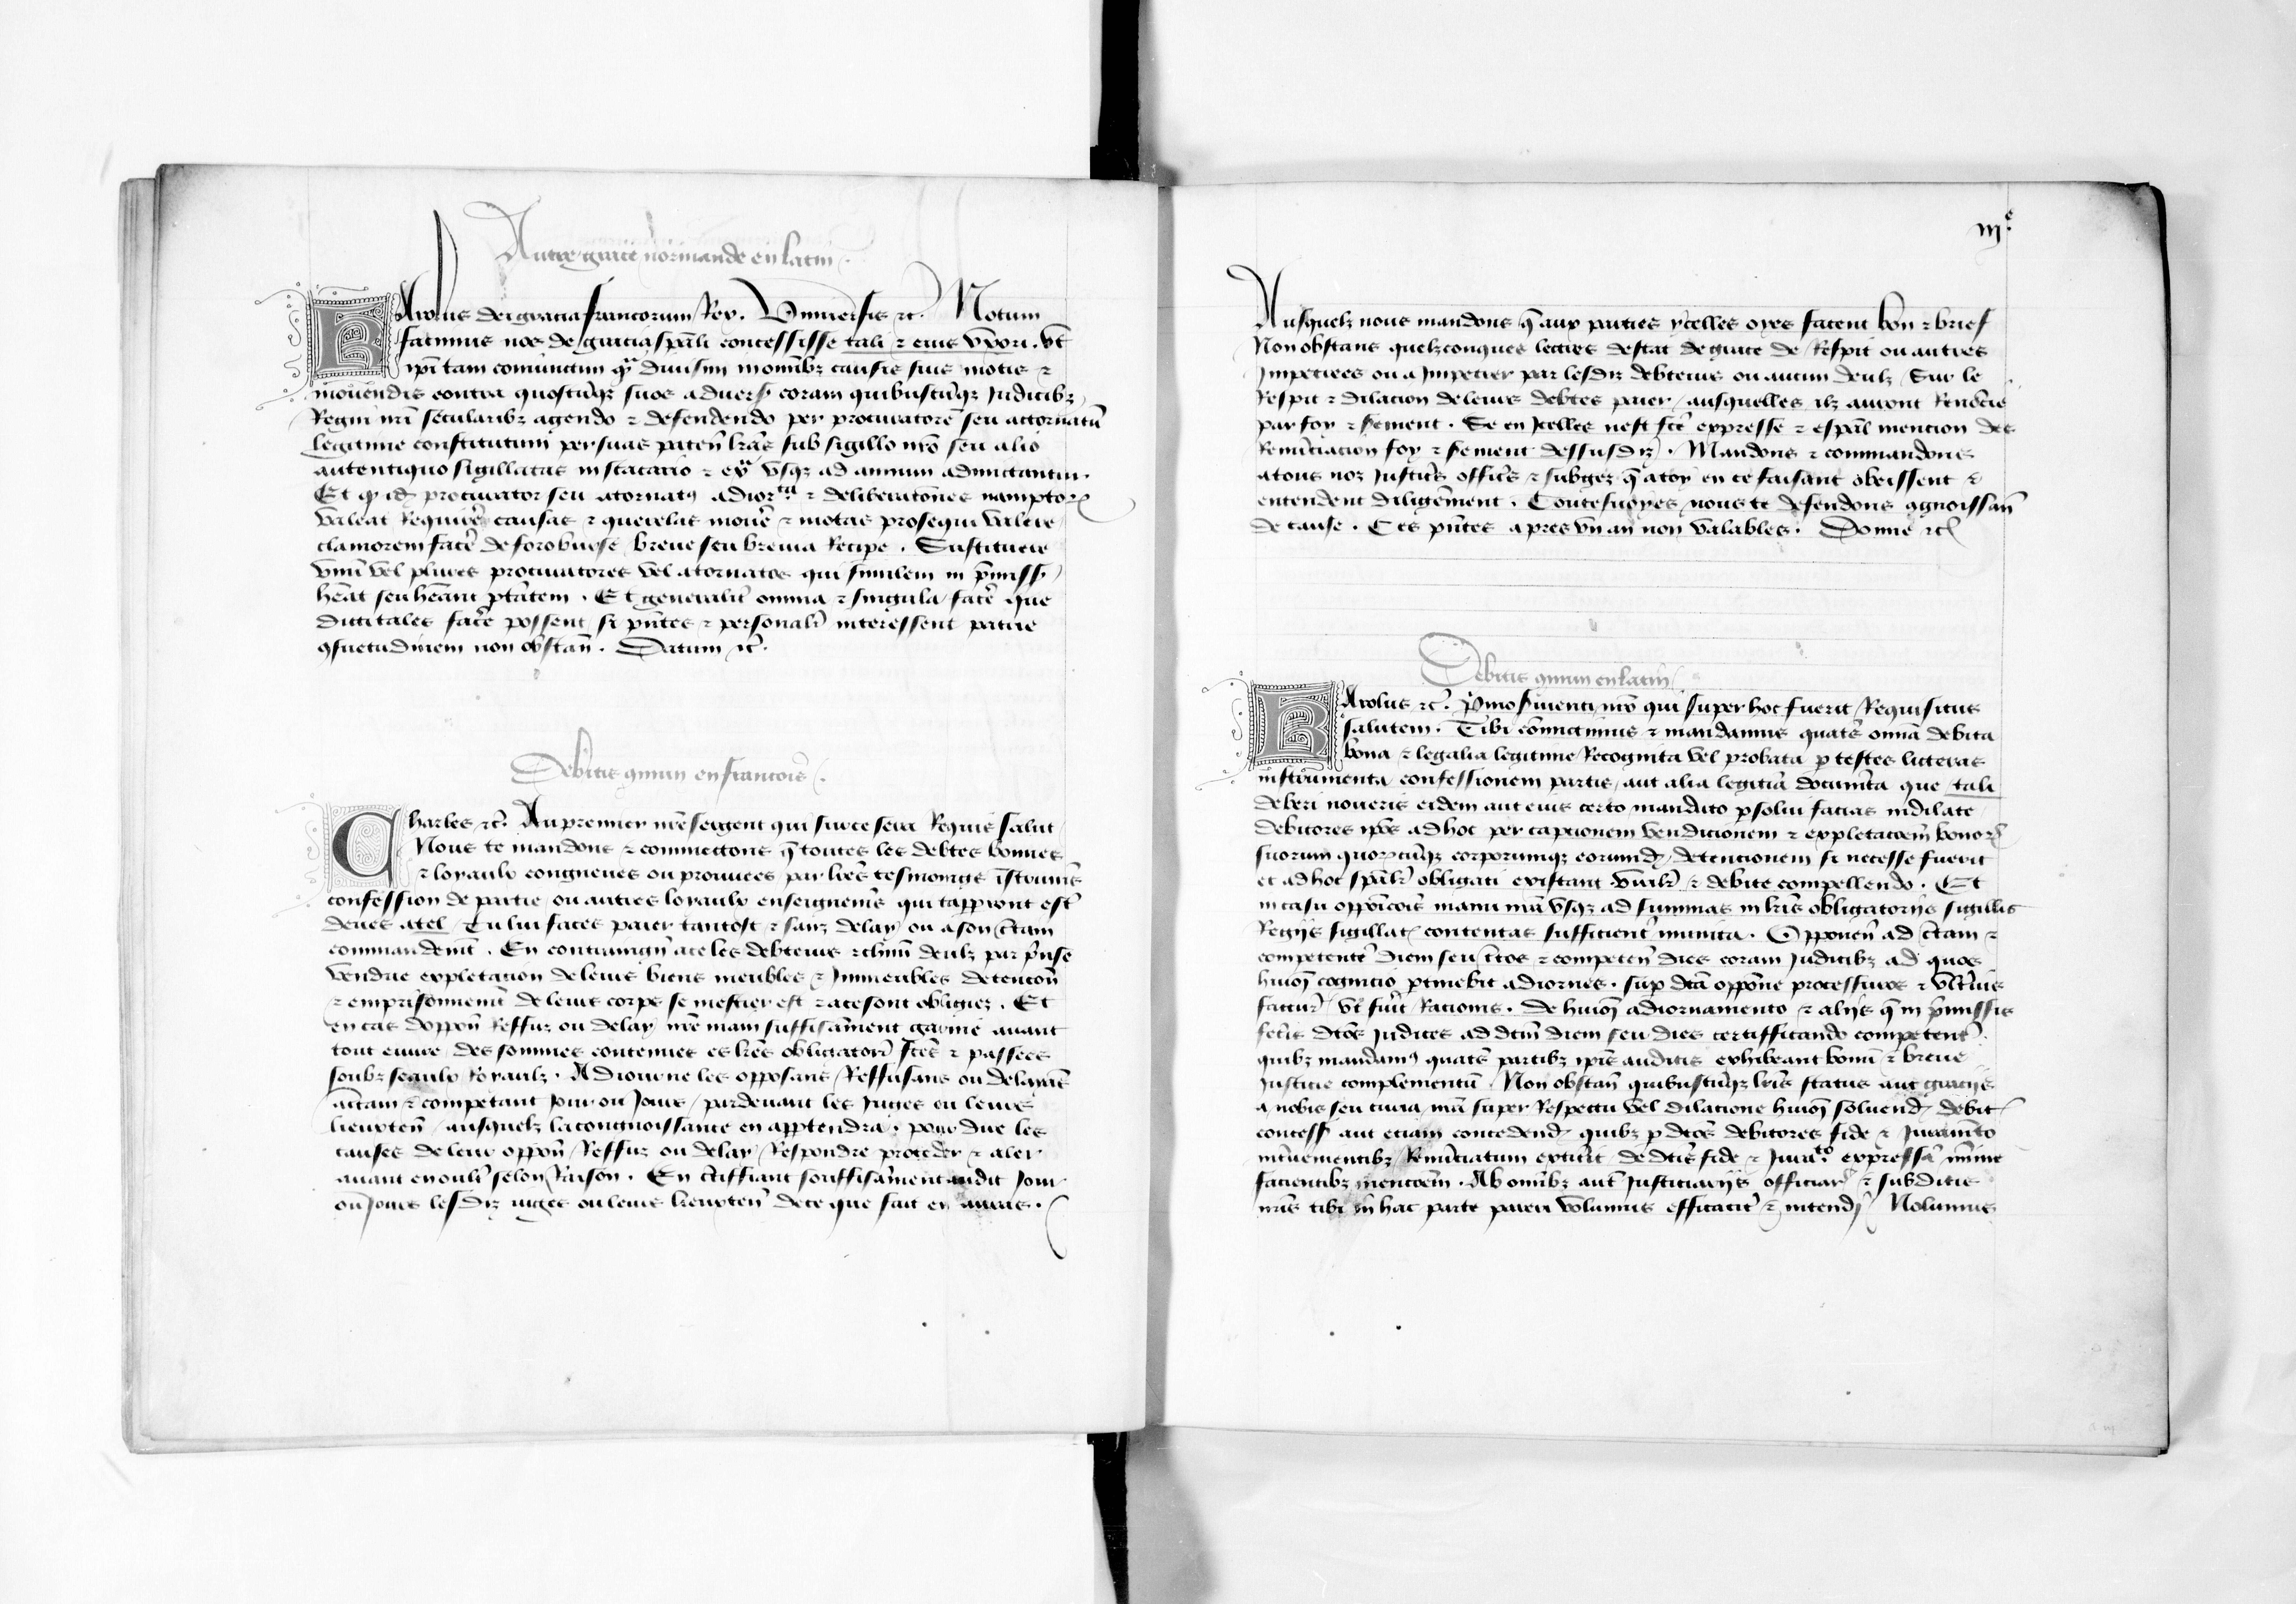
Shelfmark: Paris, BnF, fr. 5024
Century: 14